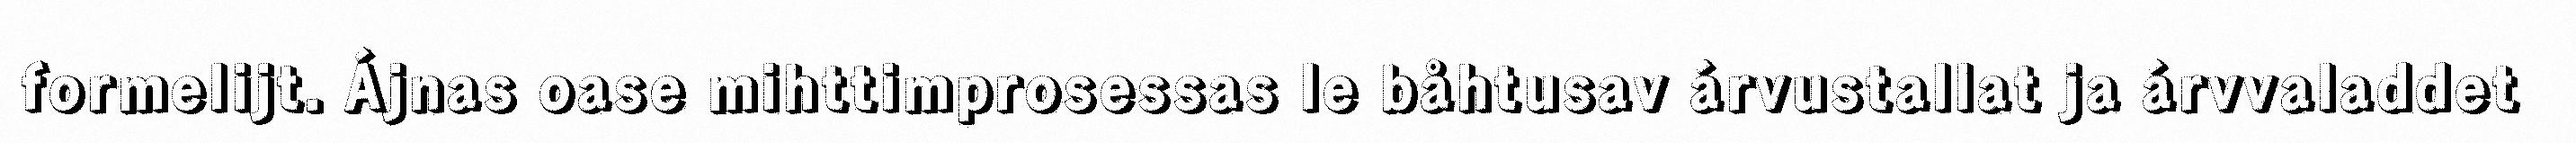
formelijt. Ájnas oase mihttimprosessas le båhtusav árvustallat ja árvvaladdet